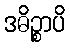
ဒဓိဉ္စာပိ